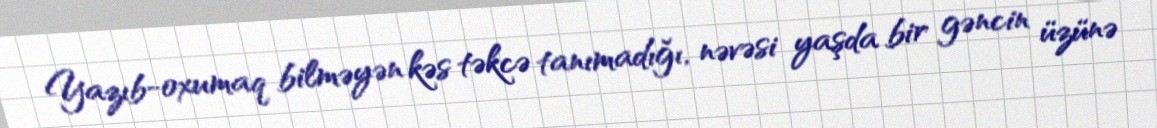
Yazıb-oxumaq bilməyən kəs təkcə tanımadığı, nəvəsi yaşda bir gəncin üzünə